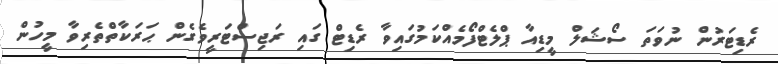
ރެޑިޓަރުން ނުވަތަ ސޯޝަލް މީޑިއާ ޕްލެޓްފޯމެއްކަމުގައިވާ ރެޑިޓް ގައި ރަޖިސްޓަރީވެގެން ޙަރަކާތްތެރިވާ މީހުން